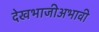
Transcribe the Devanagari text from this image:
देखभाजीअभावी